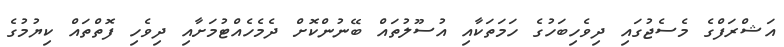
އަޝްރަފްގެ މެސެޖުގައި ދިވެހިބަހުގެ ހަމަތަކާއި އުސޫލުތައް ބޭނުންކޮށް ދެމެހެއްޓުމަށާއި ދިވެހި ފޮތްތައް ކިޔުމުގެ